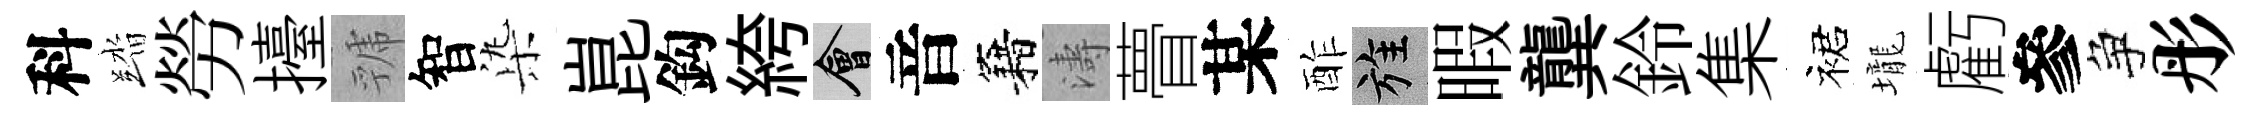
科踏勞擡虢智𣑱崑鈎絝會音籍濤瞢某酢旌暇龔鈴集裙壠虧參争彤